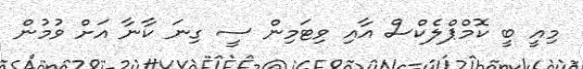
މިއީ ބީ ކޮމްޕްލެކްސް އާއި ވިޓަމިން ސީ ގިނަ ކާނާ އަށް ވުމުން